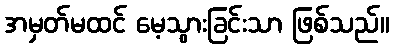
အမှတ်မထင် မေ့သွားခြင်းသာ ဖြစ်သည်။